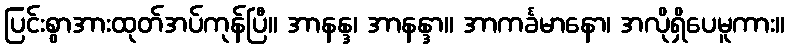
ပြင်းစွာအားထုတ်အပ်ကုန်ပြီ။ အာနန္ဒ၊ အာနန္ဒာ။ အာကင်္ခမာနော၊ အလိုရှိပေမူကား။